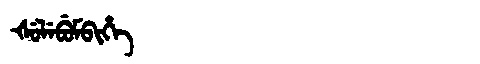
Manchu: ᡧᡠᠯᡝᠪᡠᠮᠪᡳᡥᡝ
Romanization: ŠULEBUMBIHE